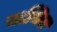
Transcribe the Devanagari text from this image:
पाल्मिरा